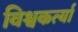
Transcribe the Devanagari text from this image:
विश्वकर्त्या